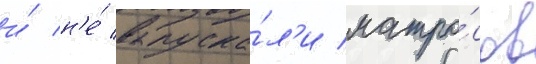
и́ н'е́ выпуска́л'и матро́сов